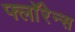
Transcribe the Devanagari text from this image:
फ्लाॅरेन्स